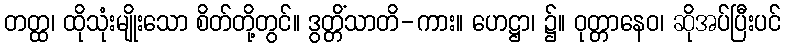
တတ္ထ၊ ထိုသုံးမျိုးသော စိတ်တို့တွင်။ ဒွတ္တိံသာတိ-ကား။ ဟေဋ္ဌာ၊ ၌။ ဝုတ္တာနေဝ၊ ဆိုအပ်ပြီးပင်